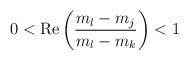
\begin{align*}0<{\rm Re}\left(\frac{m_l-m_j}{m_l-m_k}\right)<1\end{align*}